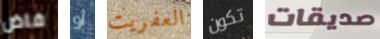
فاض أو العفريت تكون صديقات